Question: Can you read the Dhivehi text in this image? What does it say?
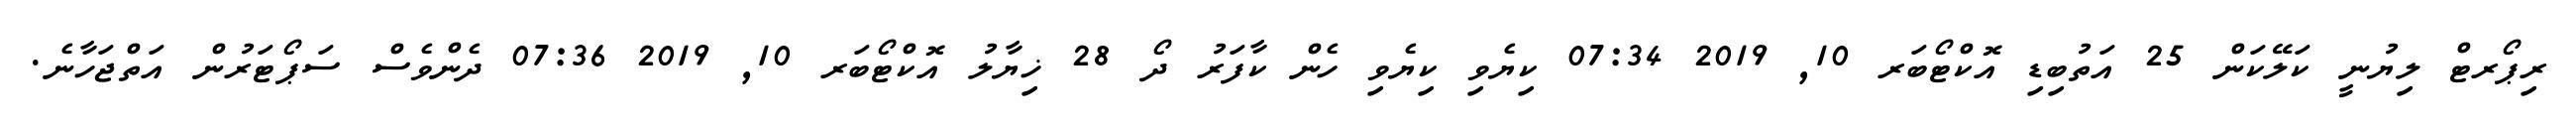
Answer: ރިޕޯރޓް ލިޔުނީ ކަލޭކަން 25 އަތުބިޑި އޮކްޓޯބަރ 10, 2019 07:34 ކިޔެވި ކިޔެވި ހެން ކާފަރު ދޯ 28 ޚިޔާލު އޮކްޓޯބަރ 10, 2019 07:36 ދެންވެސް ސަޕޯޓަރުން އަތްޖަހާނެ.